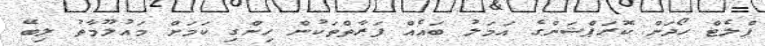
ފްލެޓް ހޯދަން ކޮރަޕްޝަންގެ އަމަލު ބައެއް ފަރާތްތަކުން ހިންގި ކަމަށް މައުލޫމާތު ލިބޭ